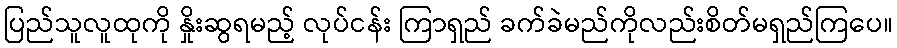
ပြည်သူလူထုကို နှိုးဆွရမည့် လုပ်ငန်း ကြာရှည် ခက်ခဲမည်ကိုလည်းစိတ်မရှည်ကြပေ။